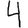
Digit: 4